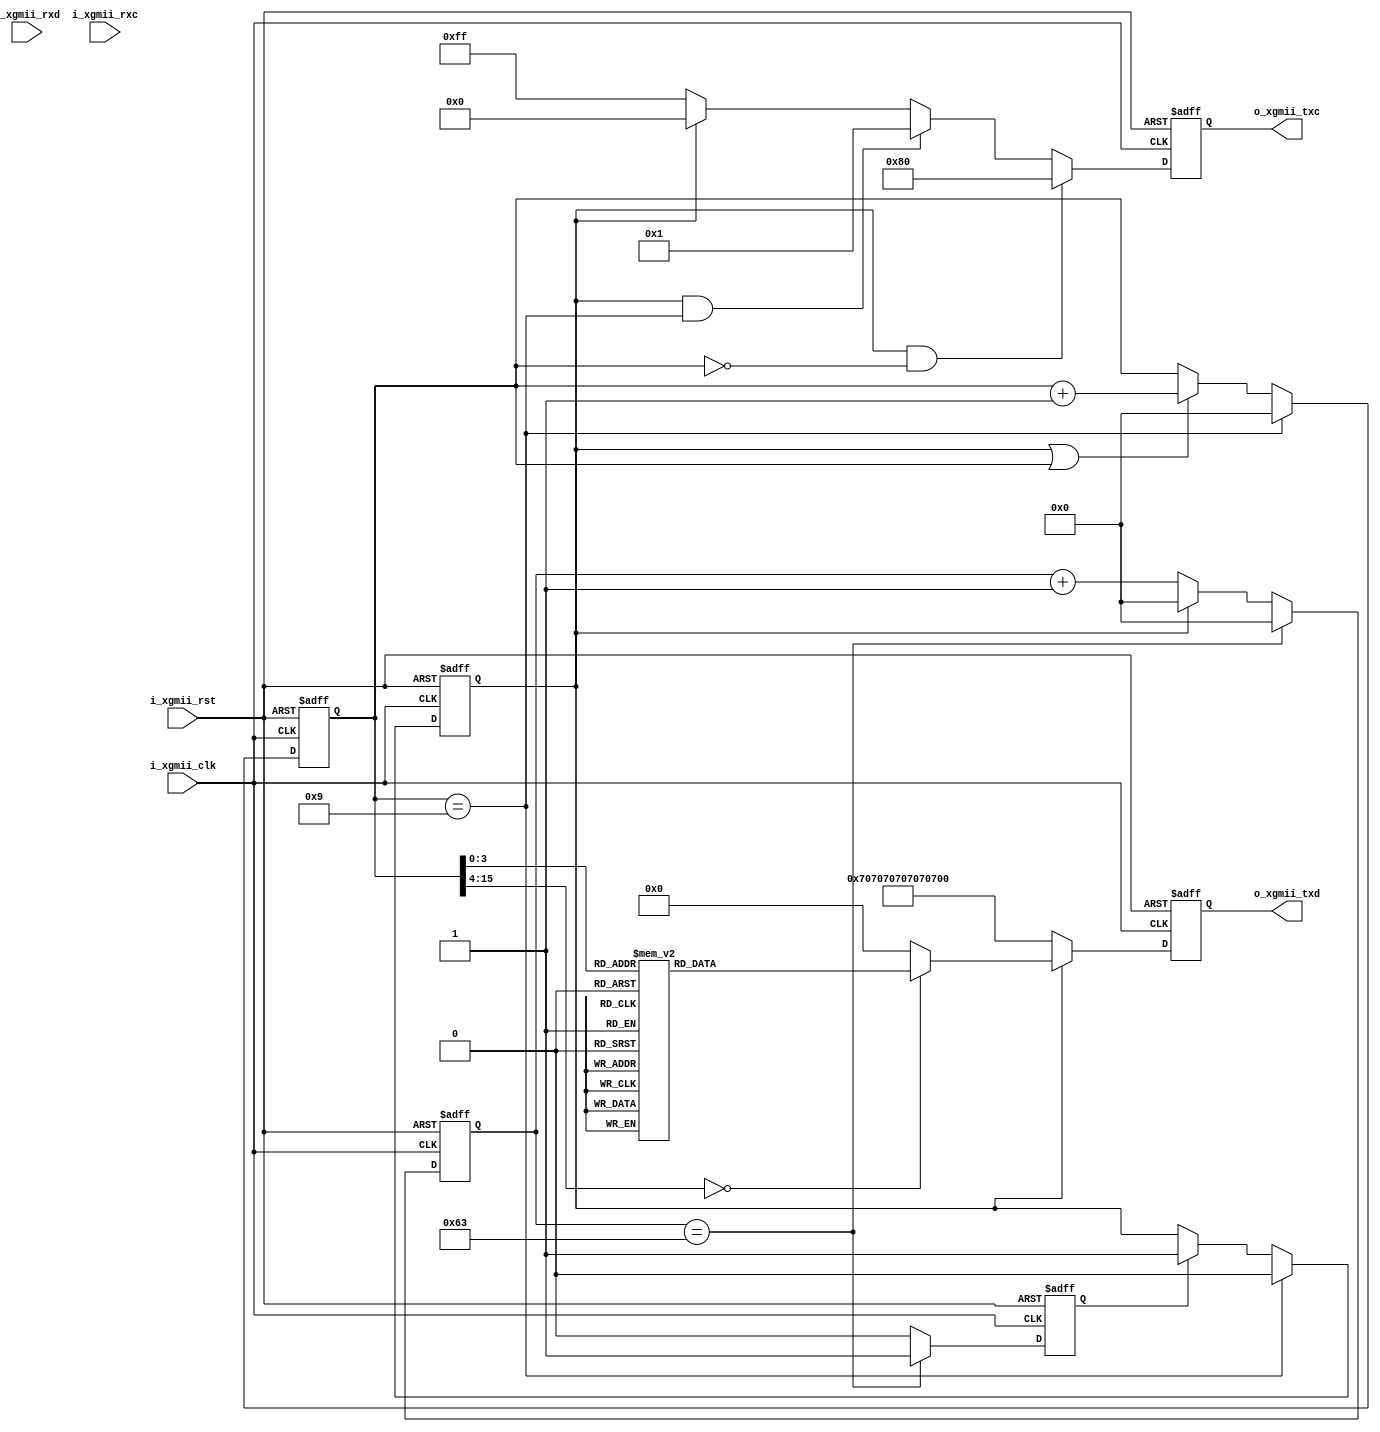
`timescale 1ns / 1ps
//////////////////////////////////////////////////////////////////////////////////
// Company: 
// Engineer: 
// 
// Design Name: 
// Module Name: TenG_PCAPMA_Test
// Project Name: 
// Target Devices: 
// Tool Versions: 
// Description: 
// 
// Dependencies: 
// 
// Revision:
// Revision 0.01 - File Created
// Additional Comments:
// 
//////////////////////////////////////////////////////////////////////////////////


module TenG_PCAPMA_Test(
    input           i_xgmii_clk         ,
    input           i_xgmii_rst         ,
    input  [63:0]   i_xgmii_rxd         ,
    input  [7 :0]   i_xgmii_rxc         ,
    output [63:0]   o_xgmii_txd         ,
    output [7 :0]   o_xgmii_txc           
);  

localparam          P_TARGER_GAP = 100  ;
localparam          P_SEND_LEN = 10     ;

reg  [63:0]         ro_xgmii_txd        ;
reg  [7 :0]         ro_xgmii_txc        ;
reg  [15:0]         r_cnt               ;
reg                 r_triger            ;
reg  [15:0]         r_triger_cnt        ;
reg                 r_run               ;

assign o_xgmii_txd = ro_xgmii_txd       ;
assign o_xgmii_txc = ro_xgmii_txc       ;

always@(posedge i_xgmii_clk,posedge i_xgmii_rst)
begin
    if(i_xgmii_rst)
        r_triger_cnt <= 'd0;
    else if(r_triger_cnt == P_TARGER_GAP - 1)
        r_triger_cnt <= 'd0;
    else if(!r_run)   
        r_triger_cnt <= r_triger_cnt + 1;
    else    
        r_triger_cnt <= 'd0;
end

always@(posedge i_xgmii_clk,posedge i_xgmii_rst)
begin
    if(i_xgmii_rst)
        r_run <= 'd0;
    else if(r_cnt == P_SEND_LEN - 1)
        r_run <= 'd0;
    else if(r_triger)   
        r_run <= 'd1;
    else 
        r_run <= r_run;
end

always@(posedge i_xgmii_clk,posedge i_xgmii_rst)
begin
    if(i_xgmii_rst)
        r_triger <= 'd0;
    else if(r_triger_cnt == P_TARGER_GAP - 1)
        r_triger <= 'd1;
    else 
        r_triger <= 'd0;
end

always@(posedge i_xgmii_clk,posedge i_xgmii_rst)
begin
    if(i_xgmii_rst)
        r_cnt <= 'd0;
    else if(r_cnt == P_SEND_LEN - 1)
        r_cnt <= 'd0;
    else if(r_run || r_cnt)
        r_cnt <= r_cnt + 1;
    else    
        r_cnt <= r_cnt;
end

always@(posedge i_xgmii_clk,posedge i_xgmii_rst)
begin
    if(i_xgmii_rst)
        ro_xgmii_txd <= 64'h07070707_07070707;
    else if(!r_run)
        ro_xgmii_txd <= 64'h07070707_07070707;
    else case(r_cnt)
        0           :ro_xgmii_txd <= 64'hFB555555_55555555;
        1           :ro_xgmii_txd <= 64'hD5000102_03040506;
        2           :ro_xgmii_txd <= 64'h0708090a_0b0c0d0e;
        3           :ro_xgmii_txd <= 64'h0f101112_13141516;
        4           :ro_xgmii_txd <= 64'h1718191a_1b1c1d1e;
        5           :ro_xgmii_txd <= 64'h1f202122_23242526;
        6           :ro_xgmii_txd <= 64'h2728292a_2b2c2d2e;
        7           :ro_xgmii_txd <= 64'h2f303132_33343536;
        8           :ro_xgmii_txd <= 64'h3738393a_3b3c3d3e;
        9           :ro_xgmii_txd <= 64'h3f404142_434445FE;
        default     :ro_xgmii_txd <= 'd0;
    endcase
end

always@(posedge i_xgmii_clk,posedge i_xgmii_rst)
begin
    if(i_xgmii_rst)
        ro_xgmii_txc <= 8'b1111_1111;
    else if(r_run && r_cnt == 0)
        ro_xgmii_txc <= 8'b1000_0000;
    else if(r_run && r_cnt == 9)
        ro_xgmii_txc <= 8'b0000_0001;
    else if(r_run)
        ro_xgmii_txc <= 8'b0000_0000;
    else 
        ro_xgmii_txc <= 8'b1111_1111;
end

endmodule